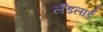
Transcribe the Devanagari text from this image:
लैंडलार्ड